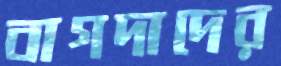
বাগদাদের